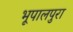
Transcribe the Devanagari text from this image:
भूपालपुरा